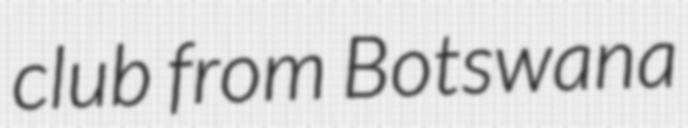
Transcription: club from Botswana